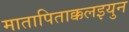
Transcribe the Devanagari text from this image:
मातापिताक्कलइयुन